DOW-UAP-D75, Mission Report, Gulf of Aden, July 2024
Agency: Department of War
Incident date: 7/14/24
Incident location: Gulf of Aden
Page 6
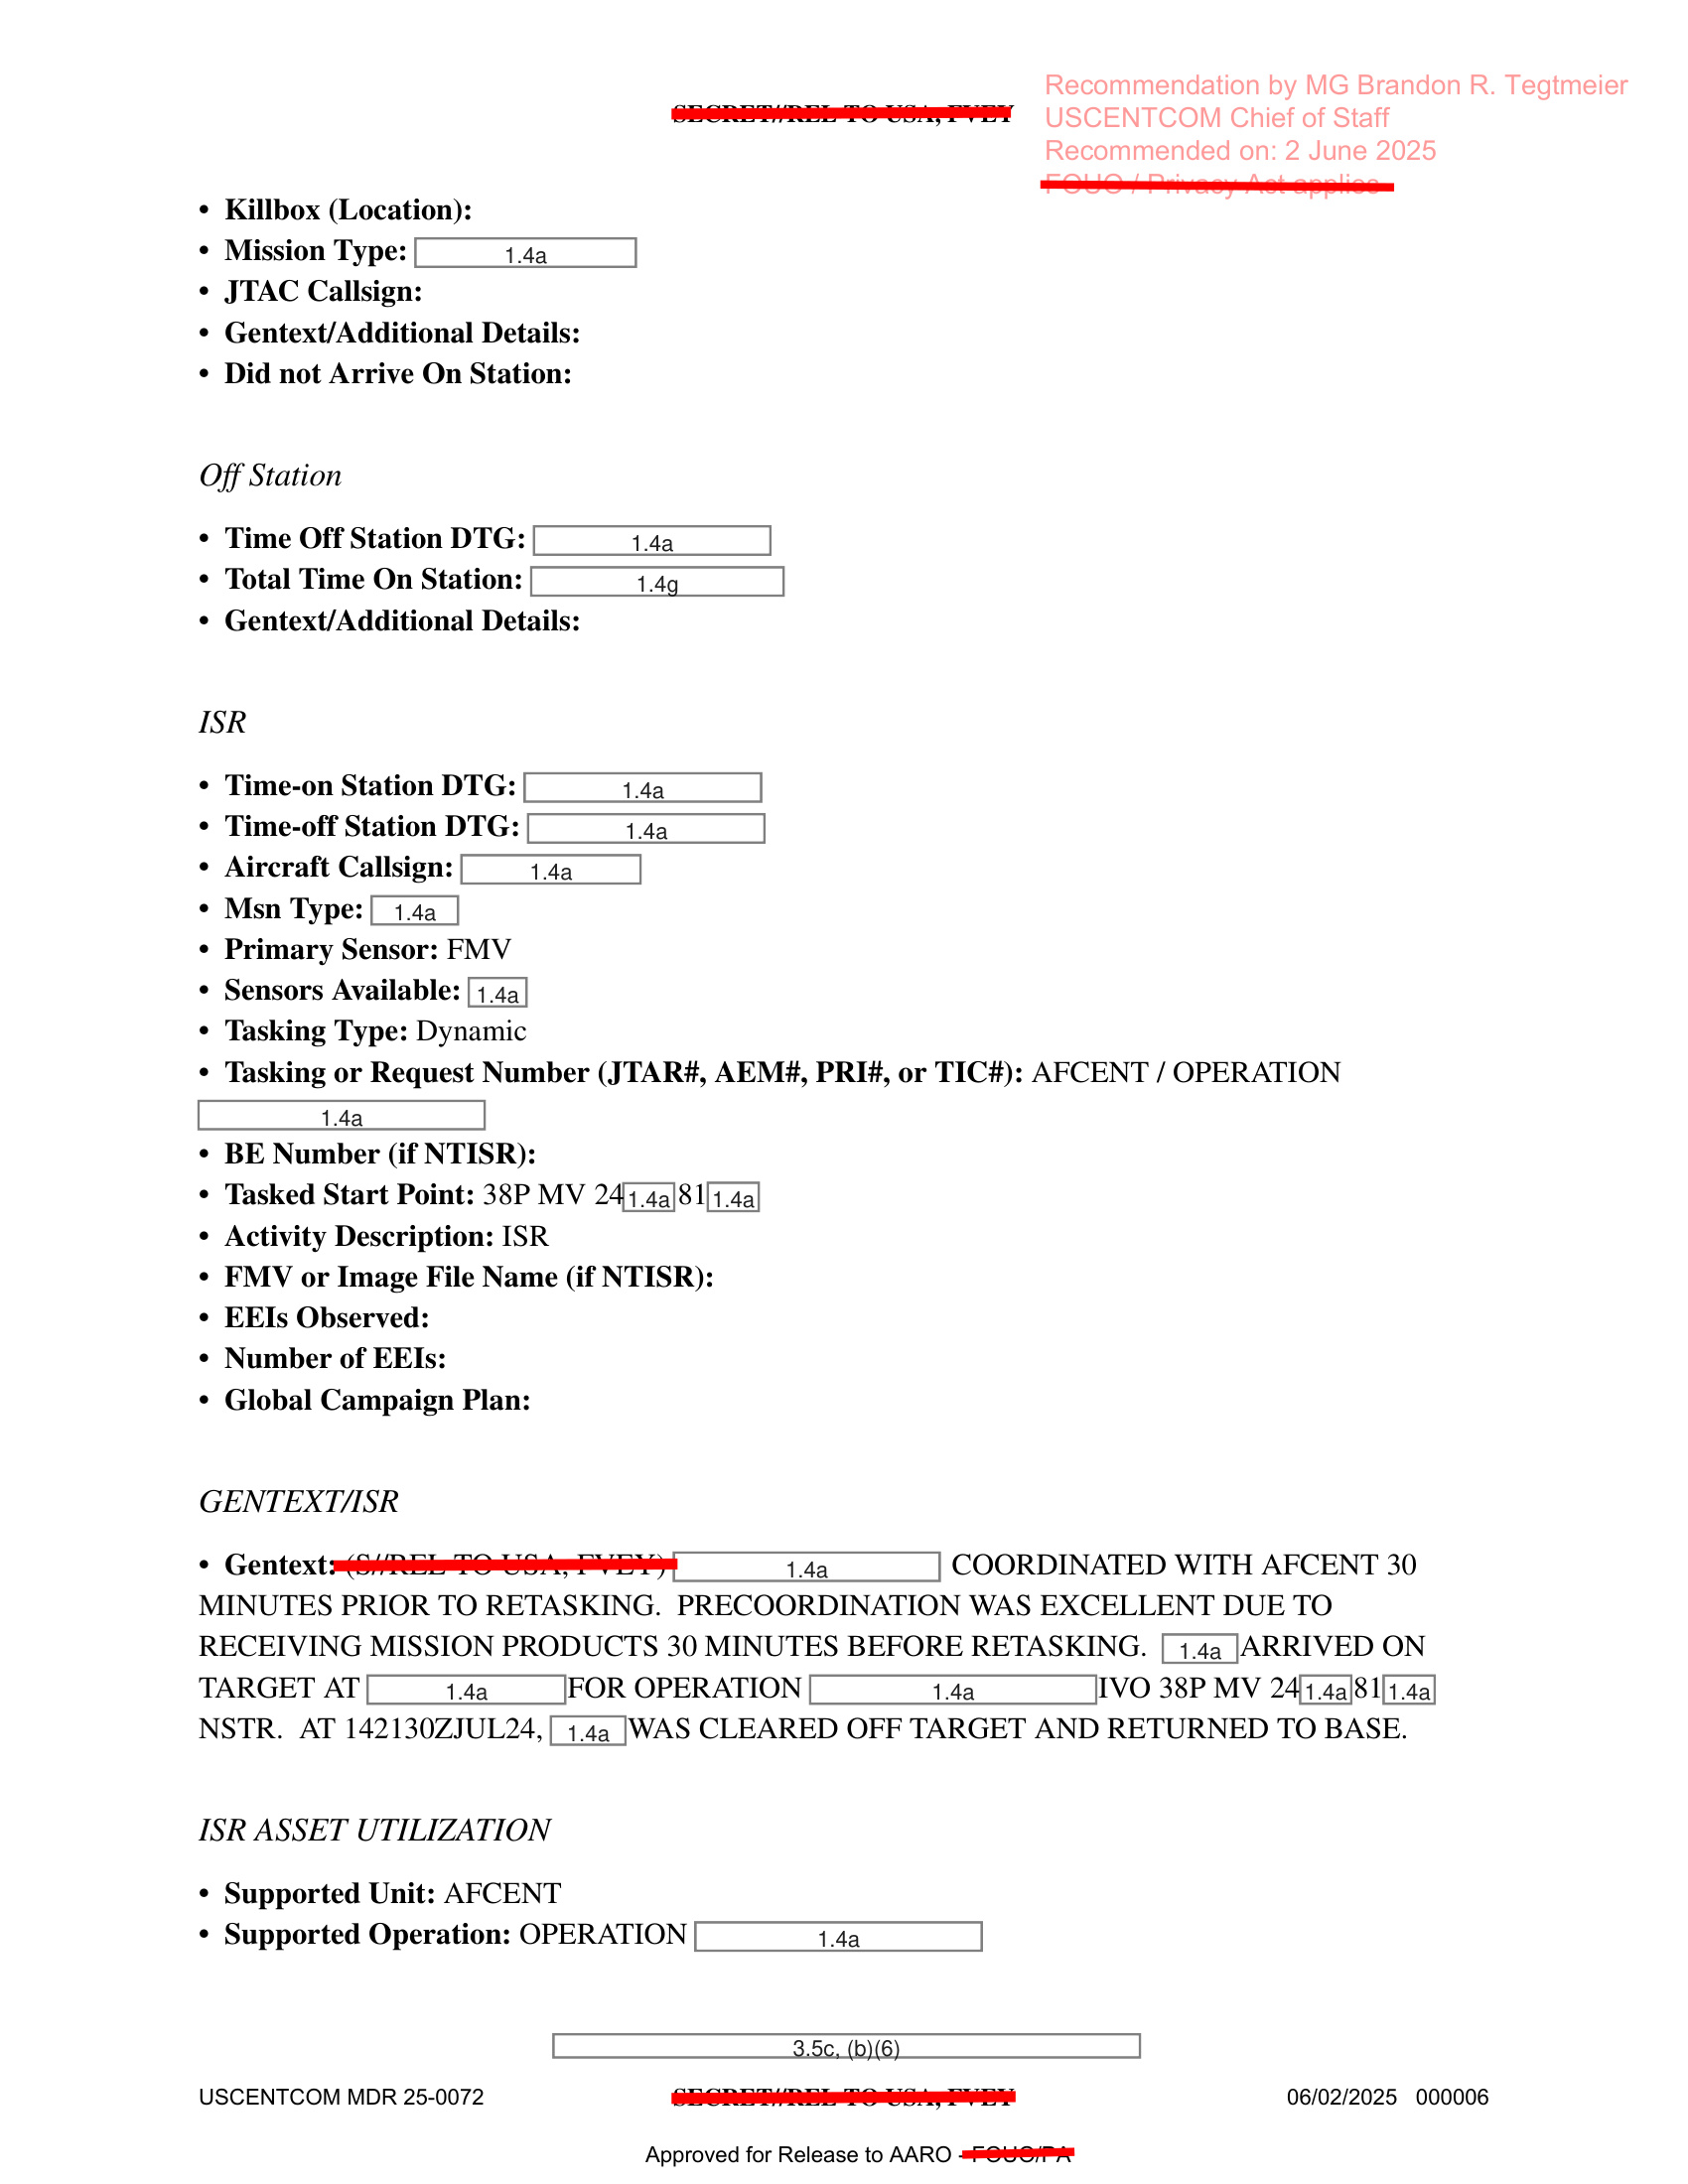